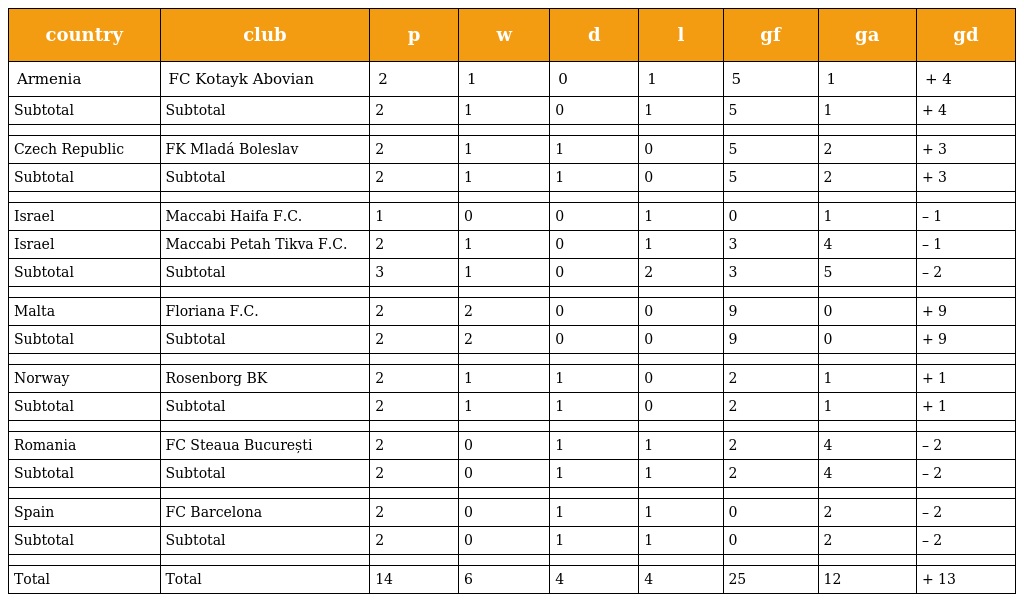
| country | club | p | w | d | l | gf | ga | gd |
 | --- | --- | --- | --- | --- | --- | --- | --- | --- |
 | Armenia | FC Kotayk Abovian | 2 | 1 | 0 | 1 | 5 | 1 | + 4 |
 | Subtotal | Subtotal | 2 | 1 | 0 | 1 | 5 | 1 | + 4 |
 |  |  |  |  |  |  |  |  |  |
 | Czech Republic | FK Mladá Boleslav | 2 | 1 | 1 | 0 | 5 | 2 | + 3 |
 | Subtotal | Subtotal | 2 | 1 | 1 | 0 | 5 | 2 | + 3 |
 |  |  |  |  |  |  |  |  |  |
 | Israel | Maccabi Haifa F.C. | 1 | 0 | 0 | 1 | 0 | 1 | – 1 |
 | Israel | Maccabi Petah Tikva F.C. | 2 | 1 | 0 | 1 | 3 | 4 | – 1 |
 | Subtotal | Subtotal | 3 | 1 | 0 | 2 | 3 | 5 | – 2 |
 |  |  |  |  |  |  |  |  |  |
 | Malta | Floriana F.C. | 2 | 2 | 0 | 0 | 9 | 0 | + 9 |
 | Subtotal | Subtotal | 2 | 2 | 0 | 0 | 9 | 0 | + 9 |
 |  |  |  |  |  |  |  |  |  |
 | Norway | Rosenborg BK | 2 | 1 | 1 | 0 | 2 | 1 | + 1 |
 | Subtotal | Subtotal | 2 | 1 | 1 | 0 | 2 | 1 | + 1 |
 |  |  |  |  |  |  |  |  |  |
 | Romania | FC Steaua București | 2 | 0 | 1 | 1 | 2 | 4 | – 2 |
 | Subtotal | Subtotal | 2 | 0 | 1 | 1 | 2 | 4 | – 2 |
 |  |  |  |  |  |  |  |  |  |
 | Spain | FC Barcelona | 2 | 0 | 1 | 1 | 0 | 2 | – 2 |
 | Subtotal | Subtotal | 2 | 0 | 1 | 1 | 0 | 2 | – 2 |
 |  |  |  |  |  |  |  |  |  |
 | Total | Total | 14 | 6 | 4 | 4 | 25 | 12 | + 13 |